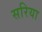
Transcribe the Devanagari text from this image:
सरिया